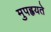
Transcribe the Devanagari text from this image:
मुपह्वयते